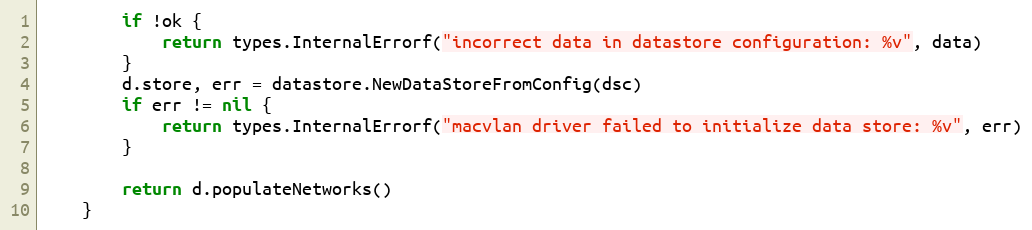
Language: Go
		if !ok {
			return types.InternalErrorf("incorrect data in datastore configuration: %v", data)
		}
		d.store, err = datastore.NewDataStoreFromConfig(dsc)
		if err != nil {
			return types.InternalErrorf("macvlan driver failed to initialize data store: %v", err)
		}

		return d.populateNetworks()
	}